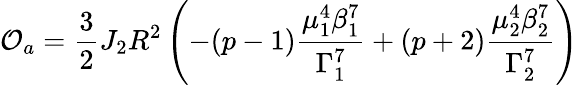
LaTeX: \mathcal{O}_{a}=\frac{3}{2}J_{2}R^{2}\left(-(p-1)\frac{\mu_{1}^{4}\beta_{1}^{7}}{\Gamma_{1}^{7}}+(p+2)\frac{\mu_{2}^{4}\beta_{2}^{7}}{\Gamma_{2}^{7}}\right)